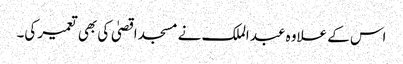
اس کے علاوہ عبد الملک نے مسجد اقصیٰ کی بھی تعمیر کی۔